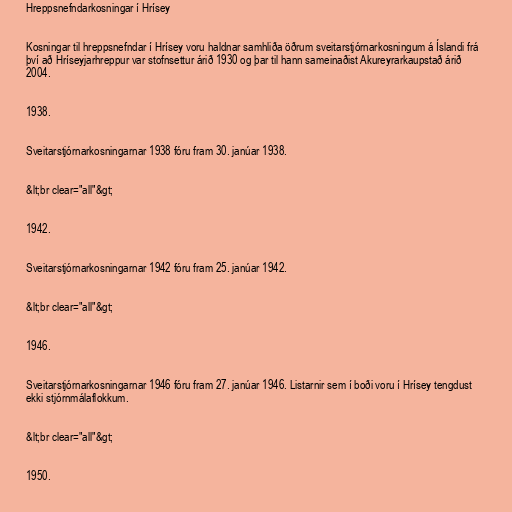
Hreppsnefndarkosningar í Hrísey

Kosningar til hreppsnefndar í Hrísey voru haldnar samhliða öðrum sveitarstjórnarkosningum á Íslandi frá
því að Hríseyjarhreppur var stofnsettur árið 1930 og þar til hann sameinaðist Akureyrarkaupstað árið
2004.

1938.

Sveitarstjórnarkosningarnar 1938 fóru fram 30. janúar 1938.

&lt;br clear="all"&gt;

1942.

Sveitarstjórnarkosningarnar 1942 fóru fram 25. janúar 1942.

&lt;br clear="all"&gt;

1946.

Sveitarstjórnarkosningarnar 1946 fóru fram 27. janúar 1946. Listarnir sem í boði voru í Hrísey tengdust
ekki stjórnmálaflokkum.

&lt;br clear="all"&gt;

1950.